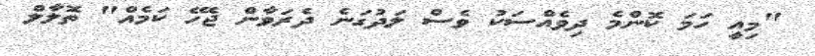
"މިއީ ހަމަ ކޮންމެ ދިވެއްސަކު ވެސް ލަދުގަނެ ދެރަވާން ޖެހޭ ކަމެއް" ތޮލާލް